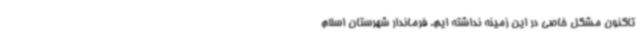
تاکنون مشکل خاصی در این زمینه نداشته ایم. فرماندار شهرستان اسلام